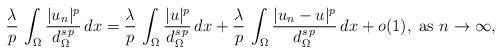
LaTeX: \begin{align*}\frac{\lambda}{p}\,\int_\Omega \frac{|u_n|^p}{d_\Omega^{s\,p}}\,dx=\frac{\lambda}{p}\,\int_\Omega \frac{|u|^p}{d_\Omega^{s\,p}}\,dx+\frac{\lambda}{p}\,\int_\Omega \frac{|u_n-u|^p}{d_\Omega^{s\,p}}\,dx+o(1),\mbox{ as }n\to \infty,\end{align*}